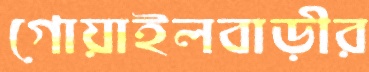
গোয়াইলবাড়ীর